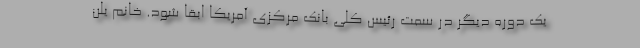
یک دوره دیگر در سمت رئیس کلی بانک مرکزی آمریکا ابقا شود. خانم یلن